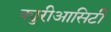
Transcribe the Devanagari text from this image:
क्युरीआसिटी